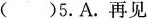
( )5.A.再见